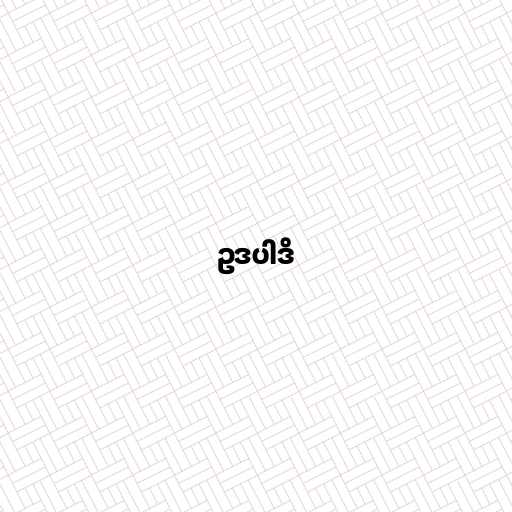
ဥဒပါဒိ